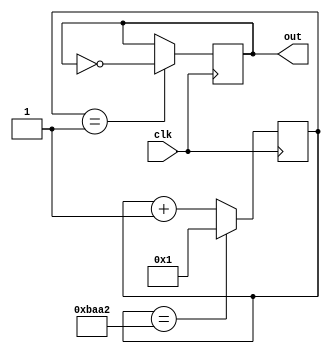
module C (clk, out);
	input clk;
	output out;
	
reg[15:0] clkDivider = 47778;
reg[15:0] counter;

always @(posedge clk)
	if(counter == clkDivider)
		counter <= 1;
	else counter <= counter + 1;
	
reg out;
always @(posedge clk)
	if(counter == 1)
		out <= ~out;

endmodule